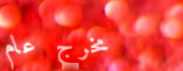
مخرج عام